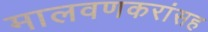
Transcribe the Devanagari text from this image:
मालवणकरांसह